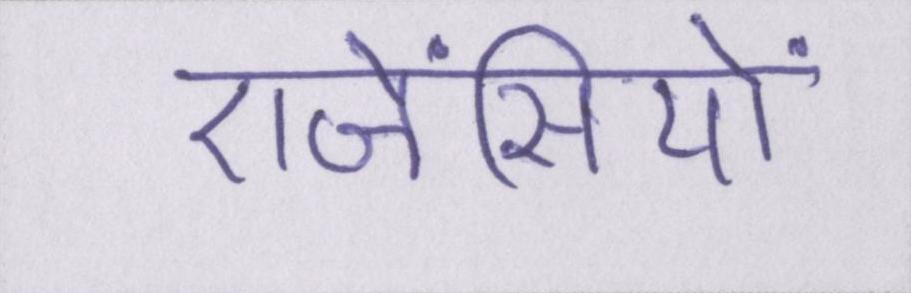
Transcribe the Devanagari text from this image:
एजेंसियों